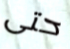
حتى